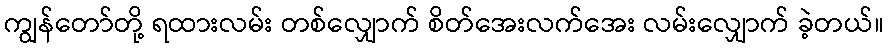
ကျွန်တော်တို့ ရထားလမ်း တစ်လျှောက် စိတ်အေးလက်အေး လမ်းလျှောက် ခဲ့တယ်။